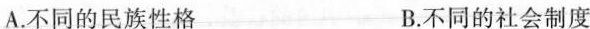
A.不同的民族性格 B.不同的社会制度